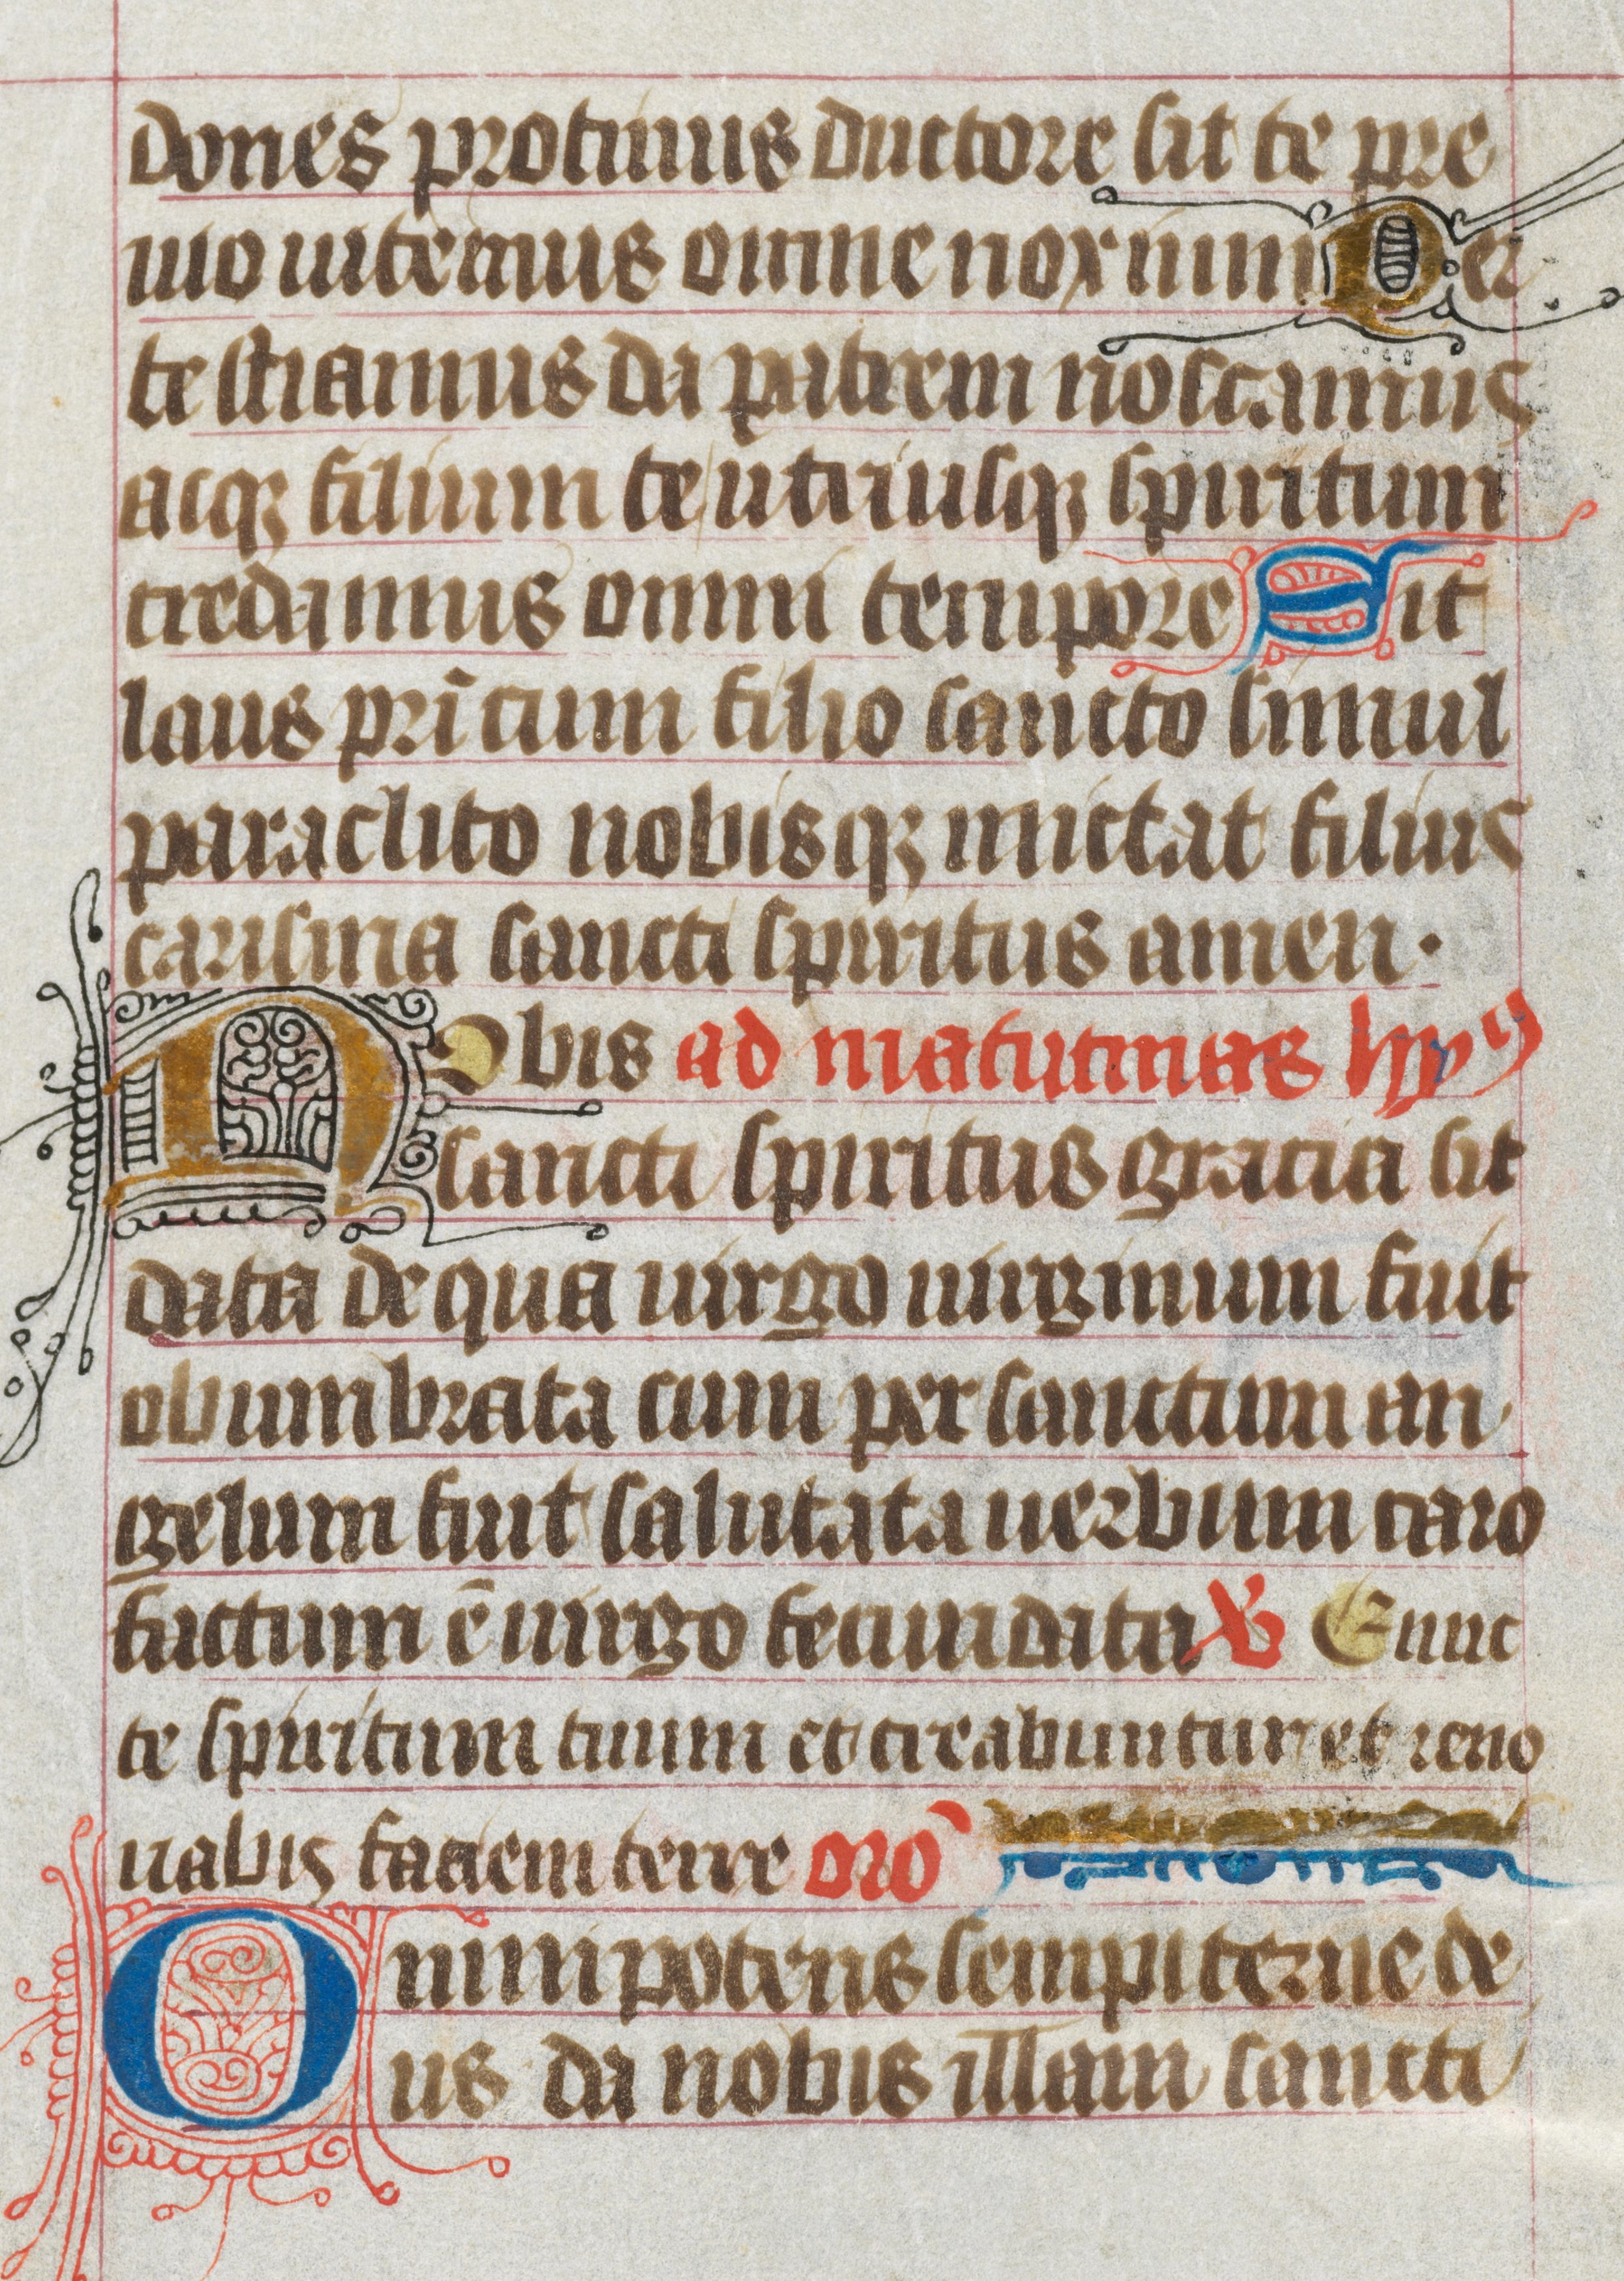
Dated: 1400–1499